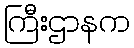
ကြီးဌာနက